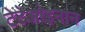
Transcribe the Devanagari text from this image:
टेटेओइनान